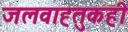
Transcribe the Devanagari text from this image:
जलवाह्तुकही